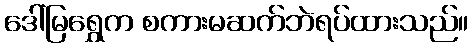
ဒေါ်မြရွှေက စကားမဆက်ဘဲရပ်ထားသည်။